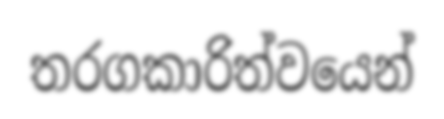
තරගකාරිත්වයෙන්